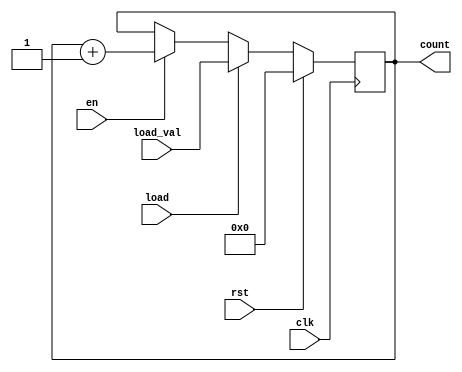
module sync_load_counter #(
    parameter N = 8        // Define the width of the counter (in bits)
)(
    input wire clk,       // Clock input
    input wire rst,       // Active high reset
    input wire load,      // Load control signal
    input wire [N-1:0] load_val, // Value to load into the counter
    input wire en,        // Enable counting
    output reg [N-1:0] count // Current counter value
);

    // Synchronous process to handle counting, loading, and resetting
    always @(posedge clk) begin
        if (rst) begin
            // Reset the counter to zero
            count <= 0;
        end else if (load) begin
            // Load the external value into the counter
            count <= load_val;
        end else if (en) begin
            // Increment the counter
            count <= count + 1;
        end
    end

endmodule